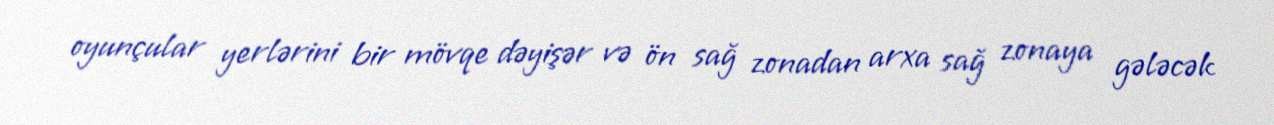
oyunçular yerlərini bir mövqe dəyişər və ön sağ zonadan arxa sağ zonaya gələcək